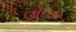
લોઈસ